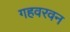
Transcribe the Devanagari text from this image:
गहवरवन